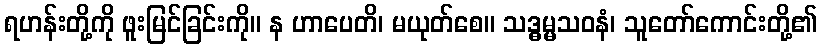
ရဟန်းတို့ကို ဖူးမြင်ခြင်းကို။ န ဟာပေတိ၊ မယုတ်စေ။ သဒ္ဓမ္မသဝနံ၊ သူတော်ကောင်းတို့၏